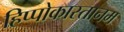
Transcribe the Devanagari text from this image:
हिप्पोकास्तानम